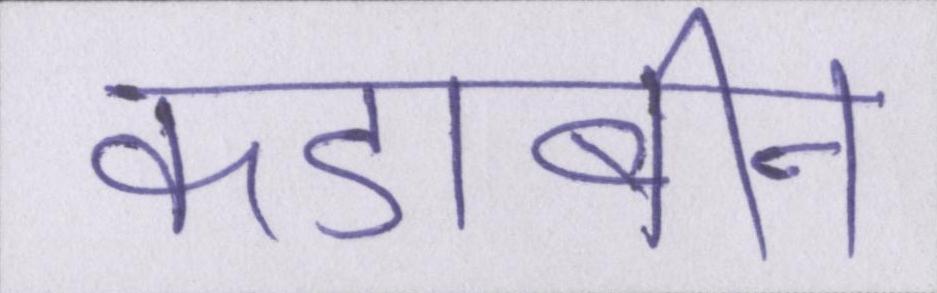
कडाबीन